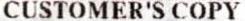
CUSTOMER'S COPY